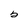
Character: b